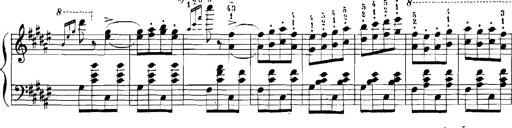
Title: Rhapsodies hongroises
Composer: Franz Liszt